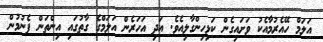
އަލަމް ހޭއެރުމާއެކު ވަށައިގެން ކަޅިހިންގާލިއެވެ. އަދި އަހަރެން އަލަމްގެ ގާތުގައި އިންތަން ފެނުމުން